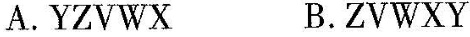
A.YZVWX B.ZVWXY